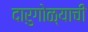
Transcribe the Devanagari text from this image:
दारुगोळ्याची